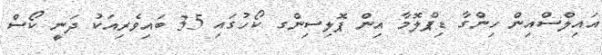
އައިލްސްއިން ހިންގާ ޑިޕްލޮމާ އިން ޕޮލިސިންގ ކޯހުގައި 35 ބައިވެރިއަކު ދަނީ ކޯސް